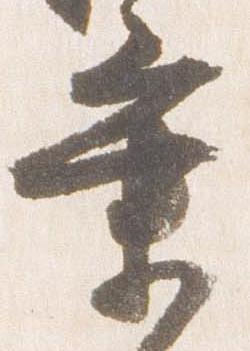
業